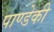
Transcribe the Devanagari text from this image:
पाण्डेकी